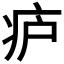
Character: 𬏞